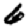
Digit: 6